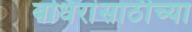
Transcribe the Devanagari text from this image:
बधिरांसाठीच्या